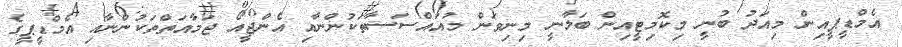
އެމްޑީޕީއިން މިއަދު ބުނީ މިކޮމިޓީއިން ބަލާނީ މިނިވަން މުއައްސަސާތަކުންނާއި އެންޖީއޯ ޖަމާއަތްތަކުންނާއި އެމްޑީޕީގެ